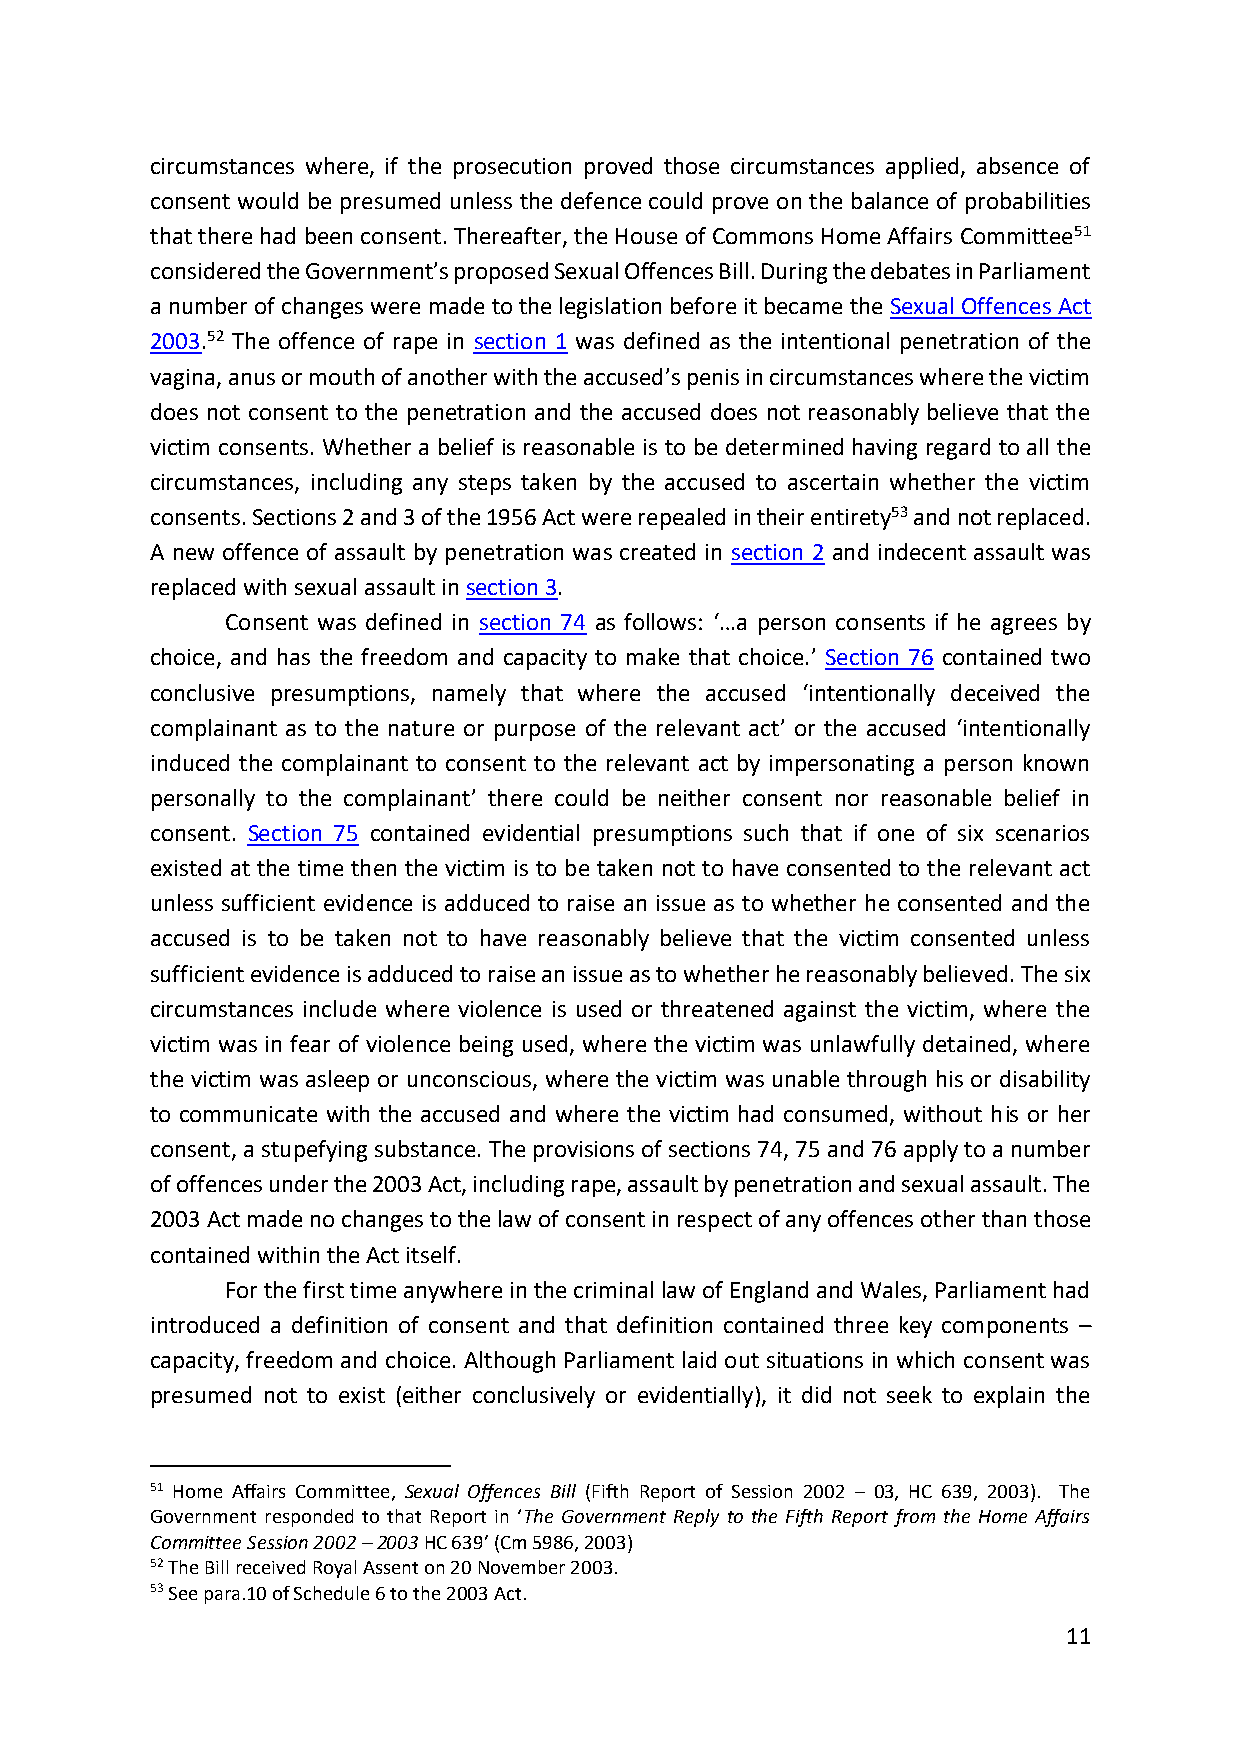
circumstances where, if the prosecution proved those circumstances applied, absence of
 consent would be presumed unless the defence could prove on the balance of probabilities
 that there had been consent. Thereafter, the House of Commons Home Affairs Committee51
 considered the Government’s proposed Sexual Offences Bill. During the debates in Parliament
 a number of changes were made to the legislation before it became the Sexual Offences Act
 2003.52 The offence of rape in section 1 was defined as the intentional penetration of the
 vagina, anus or mouth of another with the accused’s penis in circumstances where the victim
 does not consent to the penetration and the accused does not reasonably believe that the
 victim consents. Whether a belief is reasonable is to be determined having regard to all the
 circumstances, including any steps taken by the accused to ascertain whether the victim
 consents. Sections 2 and 3 of the 1956 Act were repealed in their entirety53 and not replaced.
 A new offence of assault by penetration was created in section 2 and indecent assault was
 replaced with sexual assault in section 3.
 Consent was defined in section 74 as follows: ‘…a person consents if he agrees by
 choice, and has the freedom and capacity to make that choice.’ Section 76 contained two
 conclusive presumptions, namely that where the accused ‘intentionally deceived the
 complainant as to the nature or purpose of the relevant act’ or the accused ‘intentionally
 induced the complainant to consent to the relevant act by impersonating a person known
 personally to the complainant’ there could be neither consent nor reasonable belief in
 consent. Section 75 contained evidential presumptions such that if one of six scenarios
 existed at the time then the victim is to be taken not to have consented to the relevant act
 unless sufficient evidence is adduced to raise an issue as to whether he consented and the
 accused is to be taken not to have reasonably believe that the victim consented unless
 sufficient evidence is adduced to raise an issue as to whether he reasonably believed. The six
 circumstances include where violence is used or threatened against the victim, where the
 victim was in fear of violence being used, where the victim was unlawfully detained, where
 the victim was asleep or unconscious, where the victim was unable through his or disability
 to communicate with the accused and where the victim had consumed, without his or her
 consent, a stupefying substance. The provisions of sections 74, 75 and 76 apply to a number
 of offences under the 2003 Act, including rape, assault by penetration and sexual assault. The
 2003 Act made no changes to the law of consent in respect of any offences other than those
 contained within the Act itself.
 For the first time anywhere in the criminal law of England and Wales, Parliament had
 introduced a definition of consent and that definition contained three key components –
 capacity, freedom and choice. Although Parliament laid out situations in which consent was
 presumed not to exist (either conclusively or evidentially), it did not seek to explain the
 51 Home Affairs Committee, Sexual Offences Bill (Fifth Report of Session 2002 – 03, HC 639, 2003). The
 Government responded to that Report in ‘The Government Reply to the Fifth Report from the Home Affairs
 Committee Session 2002 – 2003 HC 639’ (Cm 5986, 2003)
 52 The Bill received Royal Assent on 20 November 2003.
 53 See para.10 of Schedule 6 to the 2003 Act.
 11